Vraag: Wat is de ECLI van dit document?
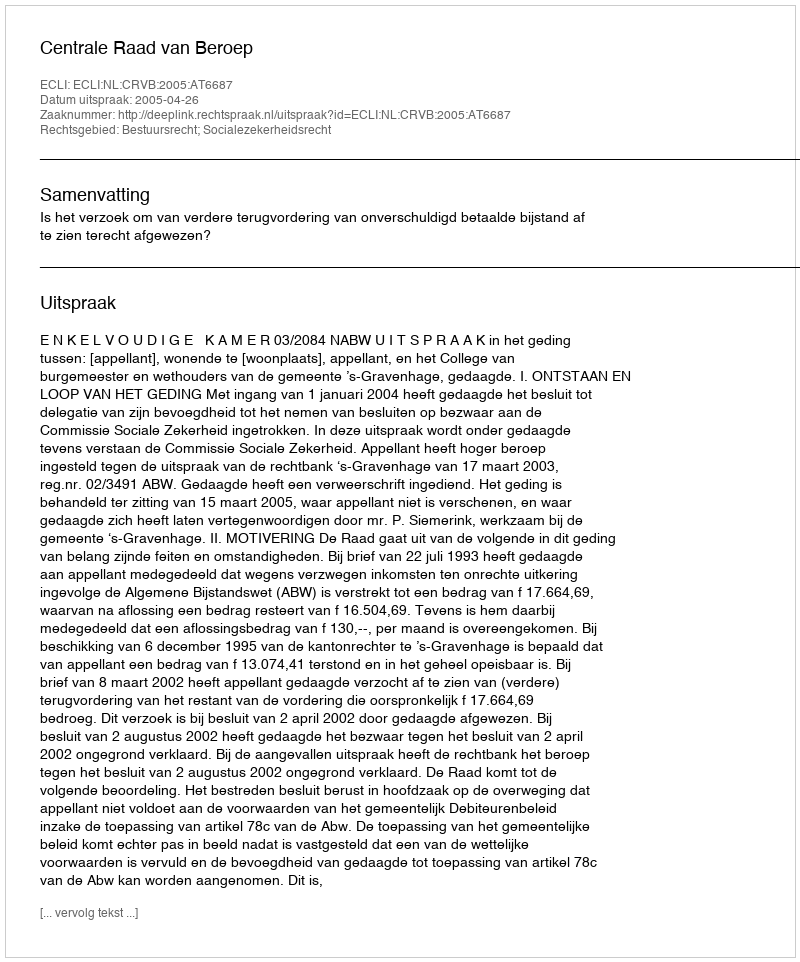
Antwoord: ECLI:NL:CRVB:2005:AT6687